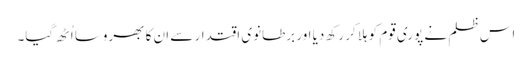
اس ظلم نے پوری قوم کو ہلا کر رکھ دیا اور برطانوی اقتدار سے ان کا بھروسا اُٹھ گیا۔